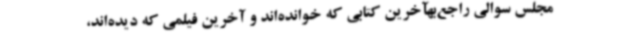
مجلس سوالی راجع‌بهآخرین کتابی که خوانده‌اند و آخرین فیلمی که دیده‌اند،